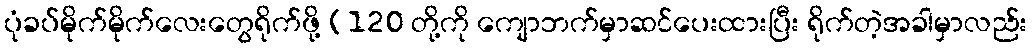
ပုံခပ်မိုက်မိုက်လေးတွေရိုက်ဖို့ (120 တို့ကို ကျောဘက်မှာဆင်ပေးထားပြီး ရိုက်တဲ့အခါမှာလည်း